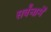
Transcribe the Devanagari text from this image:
सर्वंनामें